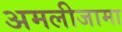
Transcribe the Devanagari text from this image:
अमलीजामा